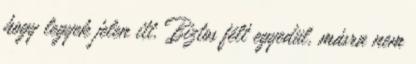
hogy legyek jelen itt. Biztos félt egyedül, másra nem